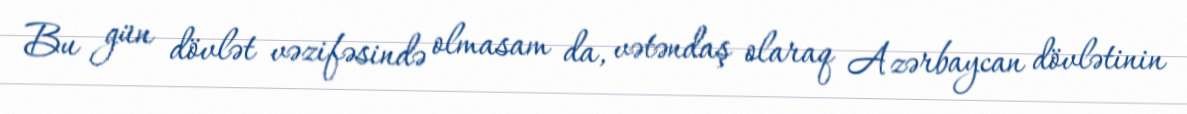
Bu gün dövlət vəzifəsində olmasam da, vətəndaş olaraq Azərbaycan dövlətinin